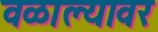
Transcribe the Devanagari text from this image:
वळाल्यावर